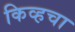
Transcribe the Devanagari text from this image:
किव्हचा